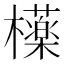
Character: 𣟿